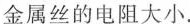
金属丝的电阻大小.